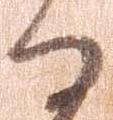
る